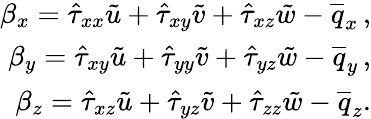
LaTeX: \begin{array}{r}{\beta_{x}=\hat{\tau}_{xx}\tilde{u}+\hat{\tau}_{xy}\tilde{v}+\hat{\tau}_{xz}\tilde{w}-\overline{{q}}_{x}\, \mathrm{,}}\\ {\beta_{y}=\hat{\tau}_{xy}\tilde{u}+\hat{\tau}_{yy}\tilde{v}+\hat{\tau}_{yz}\tilde{w}-\overline{{q}}_{y}\, \mathrm{,}}\\ {\beta_{z}=\hat{\tau}_{xz}\tilde{u}+\hat{\tau}_{yz}\tilde{v}+\hat{\tau}_{zz}\tilde{w}-\overline{{q}}_{z}\mathrm{.}}\end{array}